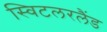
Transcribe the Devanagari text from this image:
स्विटलरलैंड